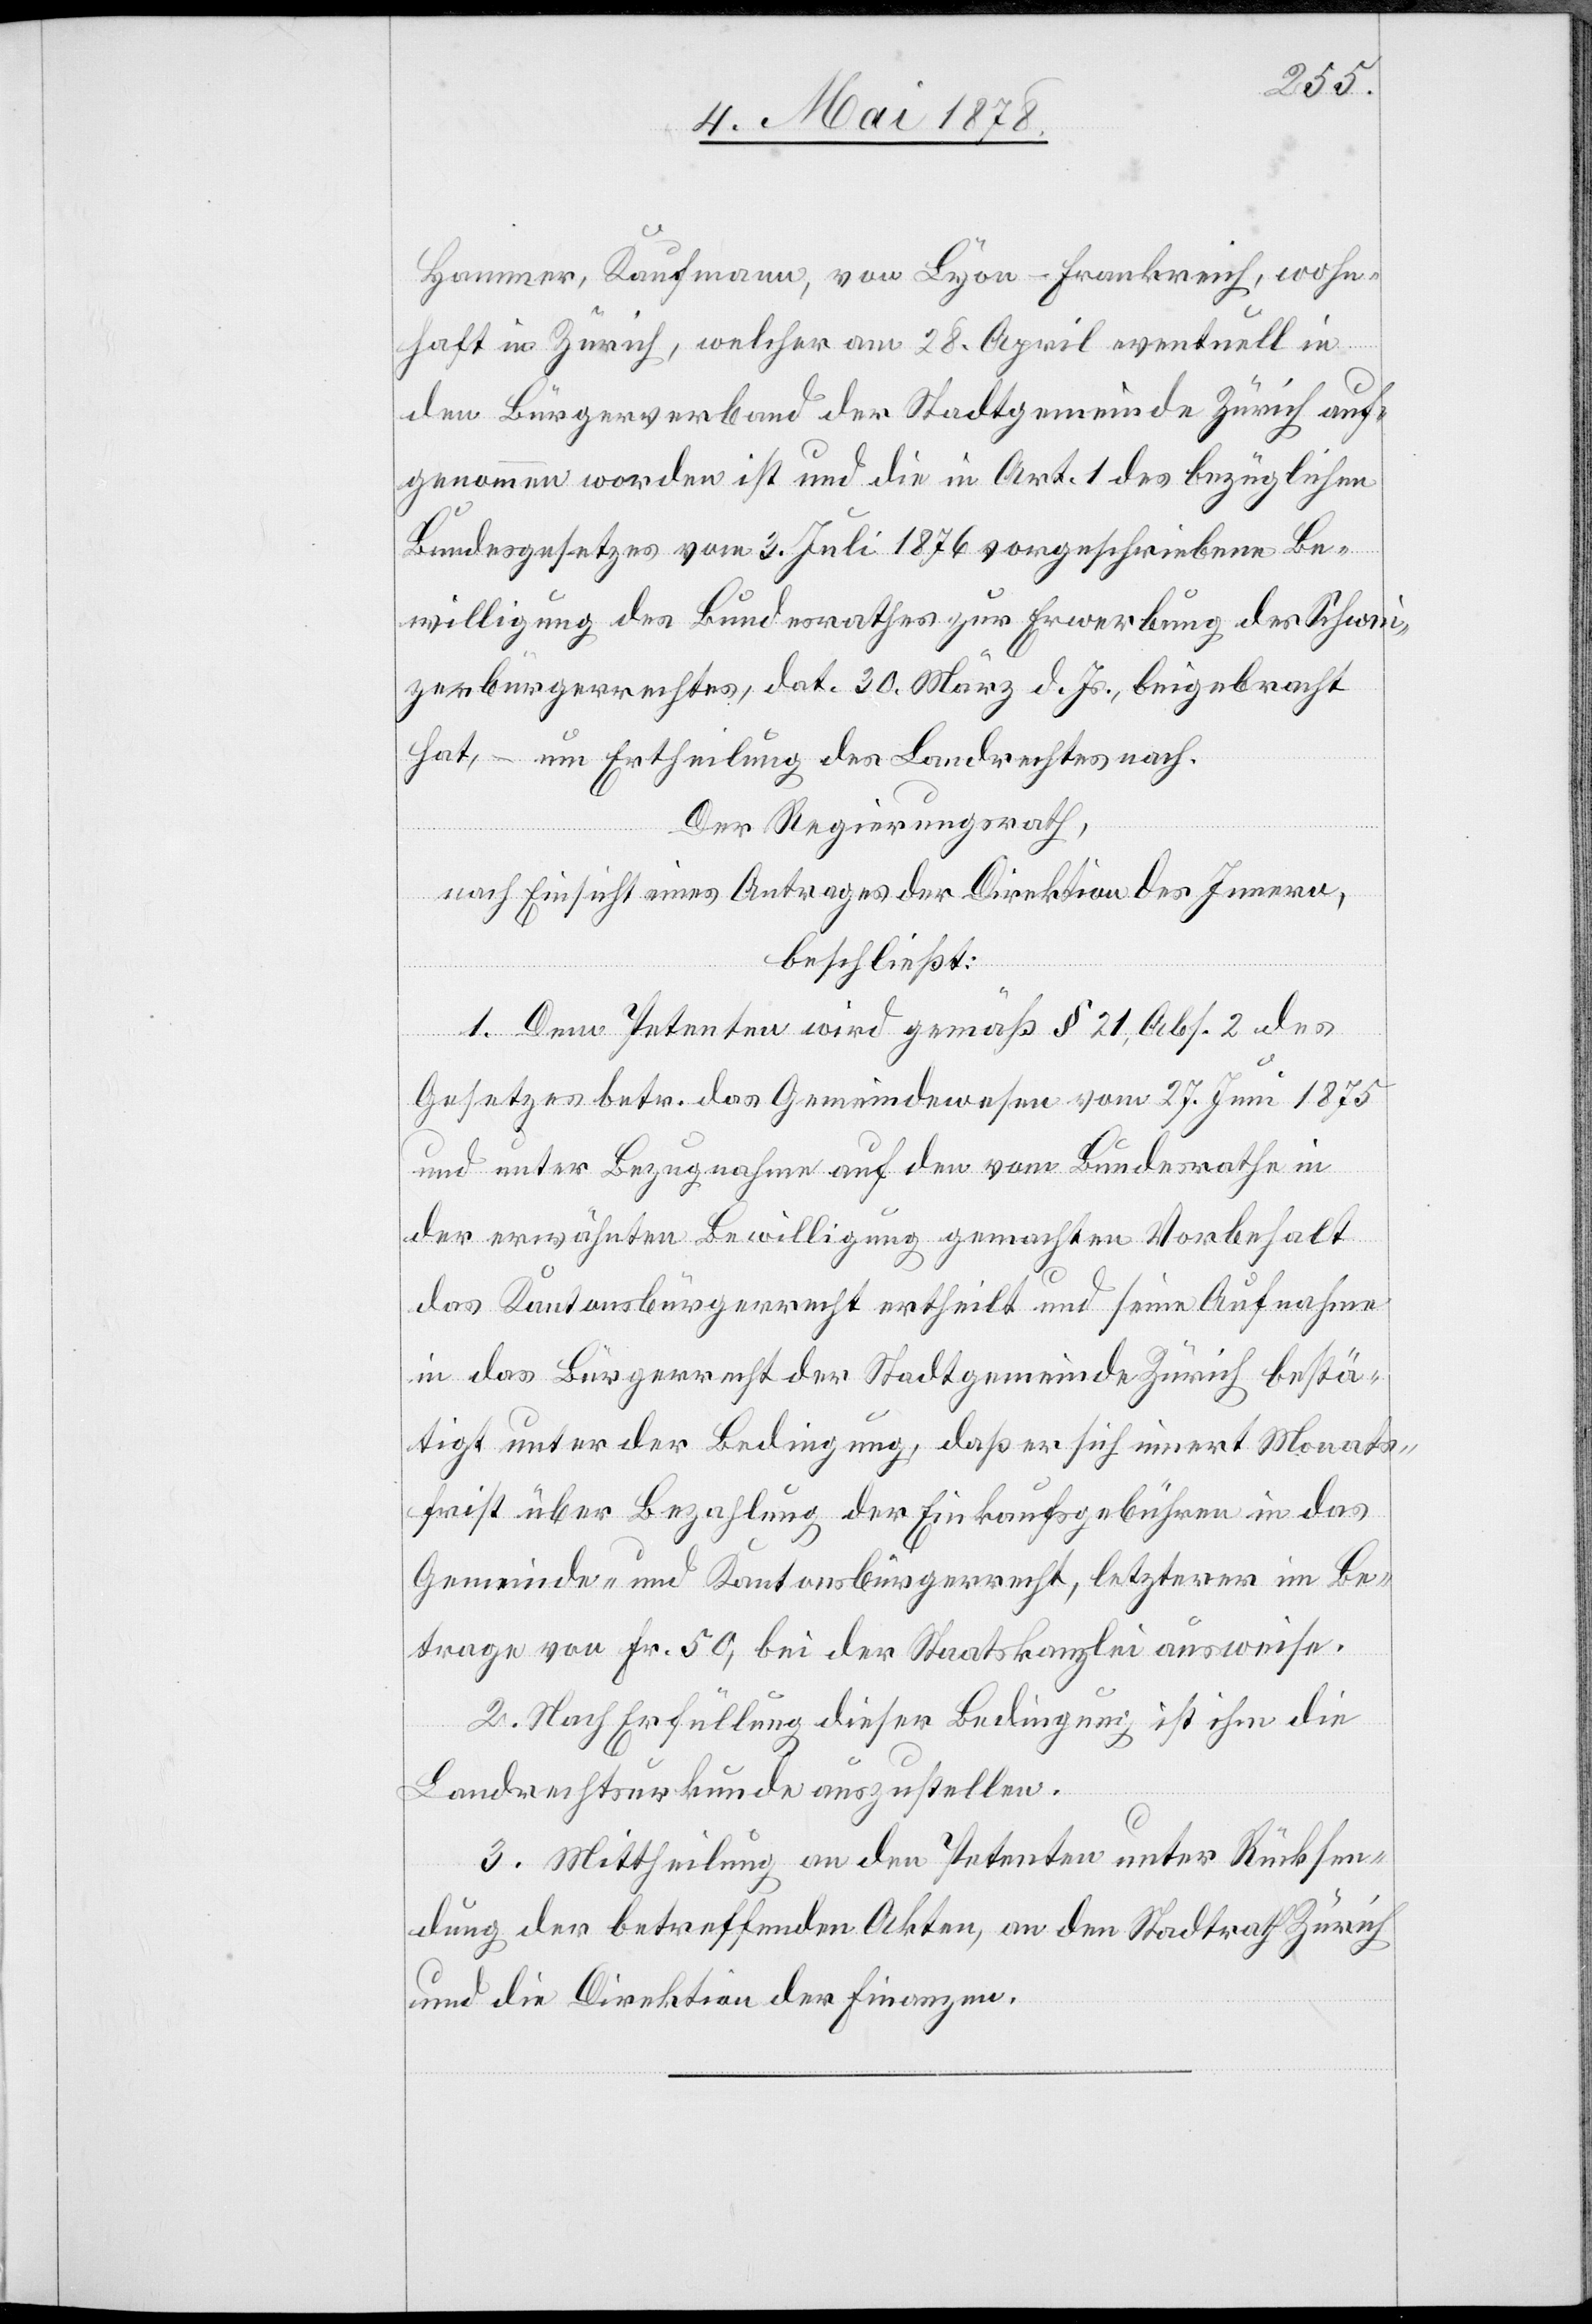
Hammer, Kaufmann, von Lyon - Frankreich, wohn¬
haft in Zürich, welcher am 28. April eventuell in
den Bürgerverband der Stadtgemeinde Zürich auf¬
genommen worden ist und die in Art. 1 des bezüglichen
Bundesgesetzes vom 3. Juli 1876 vorgeschriebene Be¬
willigung des Bundesrathes zur Erwerbung des Schwei¬
zerbürgerrechtes, dat. 30. März d. Js. beigebracht
hat, – um Ertheilung des Landrechtes nach.
Der Regierungsrath,
nach Einsicht eines Antrages der Direktion des Innern,
beschließt:
1. Dem Petenten wird gemäß § 21, Abs. 2 des
Gesetzes betr. das Gemeindewesen vom 27. Juni 1875
und unter Bezugnahme auf den vom Bundesrathe in
der erwähnten Bewilligung gemachten Vorbehalt
das Kantonsbürgerrecht ertheilt und seine Aufnahme
in das Bürgerrecht der Stadtgemeinde Zürich bestä¬
tigt unter der Bedingung, daß er sich innert Monats¬
frist über Bezahlung der Einkaufsgebühren in das
Gemeinde- und Kantonsbürgerrecht, letzterer im Be¬
trage von Fr. 50, bei der Staatskanzlei ausweise.
2. Nach Erfüllung dieser Bedingung ist ihm die
Landrechtsurkunde auszustellen.
3. Mittheilung an den Petenten unter Rücksen¬
dung der betreffenden Akten, an den Stadtrath Zürich
und die Direktion der Finanzen.